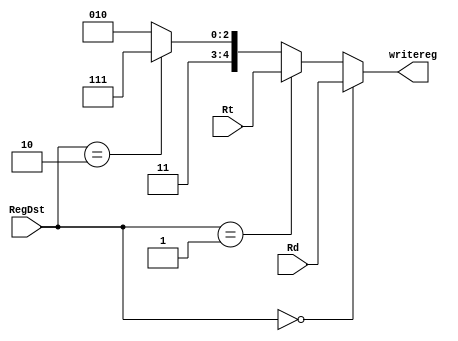
`timescale 1ns/1ps

module RegDstMUX(RegDst,Rd,Rt,writereg);

input [1:0] RegDst;
input [4:0] Rd;
input [4:0] Rt;
output [4:0] writereg;

assign writereg = (RegDst == 2'b00) ? Rd :
                  (RegDst == 2'b01) ? Rt :
                  (RegDst == 2'b10) ? 5'b11111 :
                  5'b11010;

endmodule